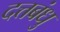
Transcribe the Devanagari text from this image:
दत्तबंधु